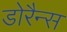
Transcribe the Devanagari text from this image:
डोरैन्स